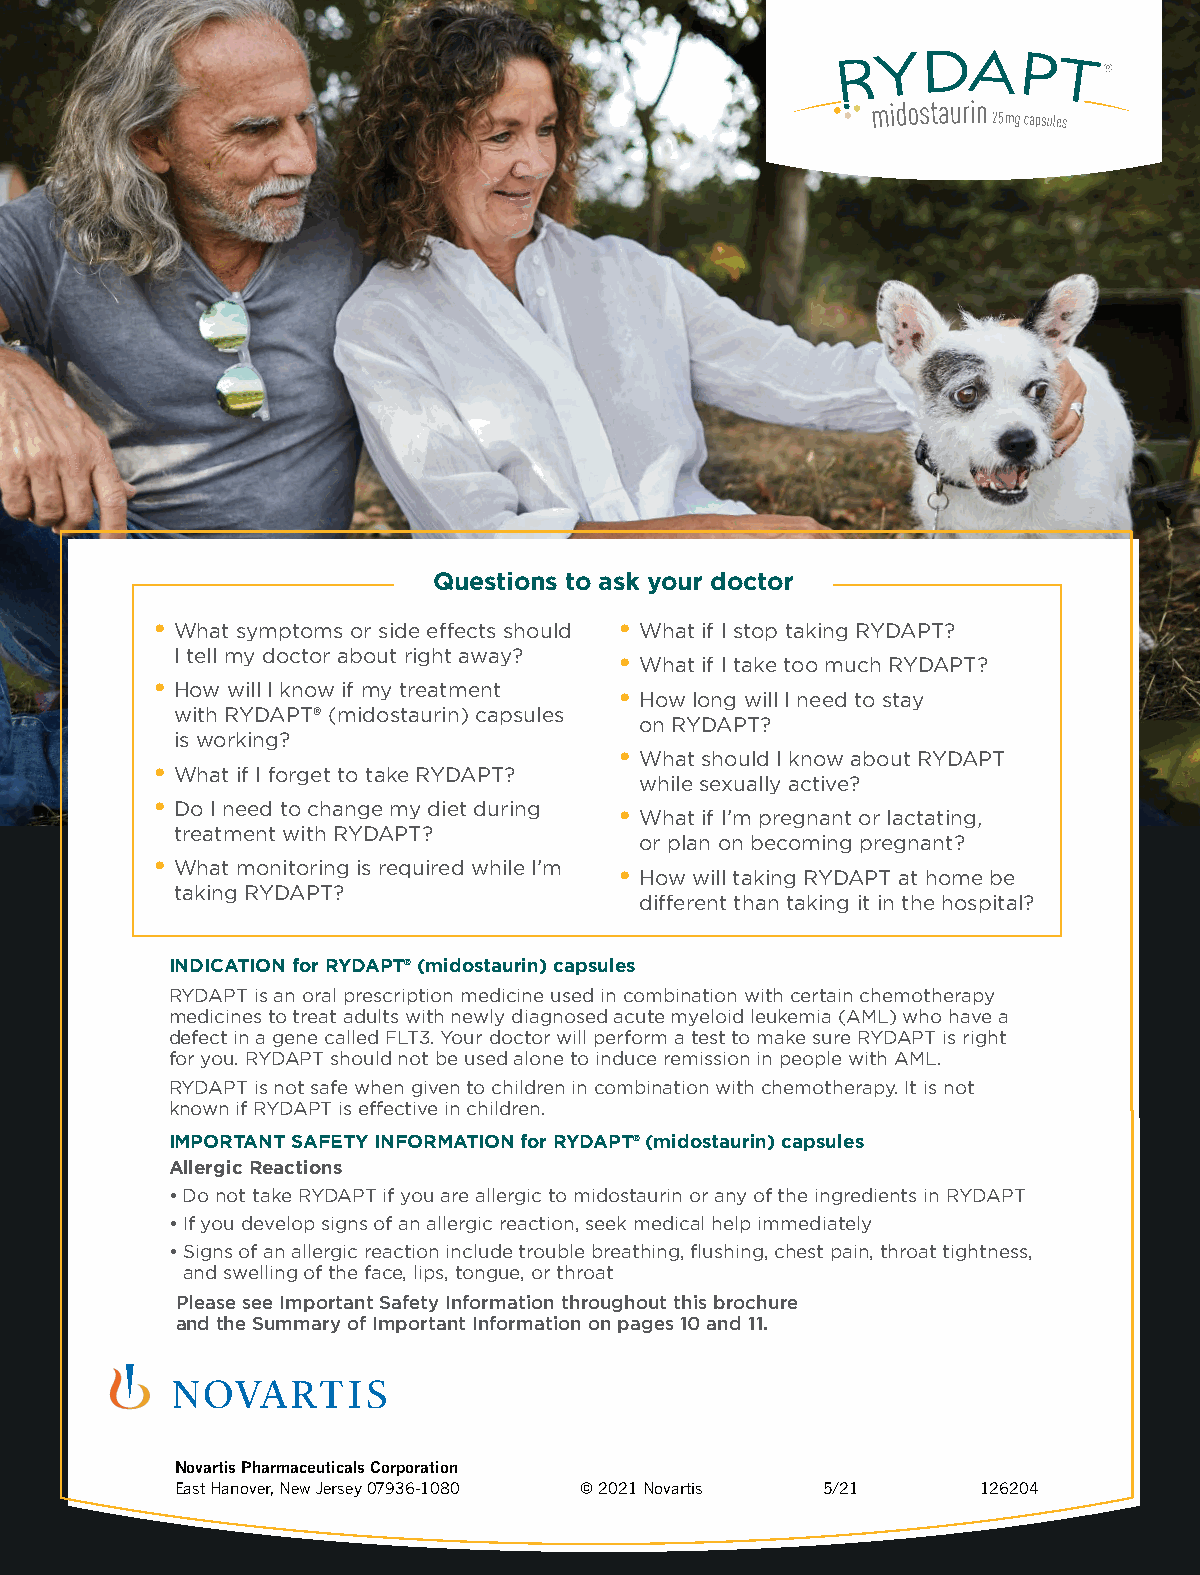
Questions to ask your doctor
 • What symptoms or side effects should • What if I stop taking RYDAPT?
 I tell my doctor about right away? • What if I take too much RYDAPT?
 • How will I know if my treatment • How long will I need to stay
 with RYDAPT® (midostaurin) capsules
 on RYDAPT?
 is working?
 • What should I know about RYDAPT
 • What if I forget to take RYDAPT?
 while sexually active?
 • Do I need to change my diet during • What if I’m pregnant or lactating,
 treatment with RYDAPT?
 or plan on becoming pregnant?
 • What monitoring is required while I’m • How will taking RYDAPT at home be
 taking RYDAPT?
 different than taking it in the hospital?
 INDICATION for RYDAPT® (midostaurin) capsules
 RYDAPT is an oral prescription medicine used in combination with certain chemotherapy
 medicines to treat adults with newly diagnosed acute myeloid leukemia (AML) who have a
 defect in a gene called FLT3. Your doctor will perform a test to make sure RYDAPT is right
 for you. RYDAPT should not be used alone to induce remission in people with AML.
 RYDAPT is not safe when given to children in combination with chemotherapy. It is not
 known if RYDAPT is effective in children.
 IMPORTANT SAFETY INFORMATION for RYDAPT® (midostaurin) capsules
 Allergic Reactions
 • Do not take RYDAPT if you are allergic to midostaurin or any of the ingredients in RYDAPT
 • If you develop signs of an allergic reaction, seek medical help immediately
 • Signs of an allergic reaction include trouble breathing, flushing, chest pain, throat tightness,
 and swelling of the face, lips, tongue, or throat
 Please see Important Safety Information throughout this brochure
 and the Summary of Important Information on pages 10 and 11.
 Novartis Pharmaceuticals Corporation
 East Hanover, New Jersey 07936-1080 © 2021 Novartis 5/21 126204